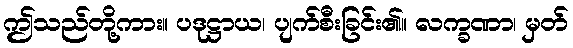
ဤသည်တို့ကား။ ပဒုဋ္ဌာယ၊ ပျက်စီးခြင်း၏။ လက္ခဏာ၊ မှတ်